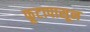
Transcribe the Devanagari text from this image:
फूटापासून